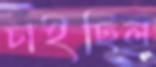
চাইছিল